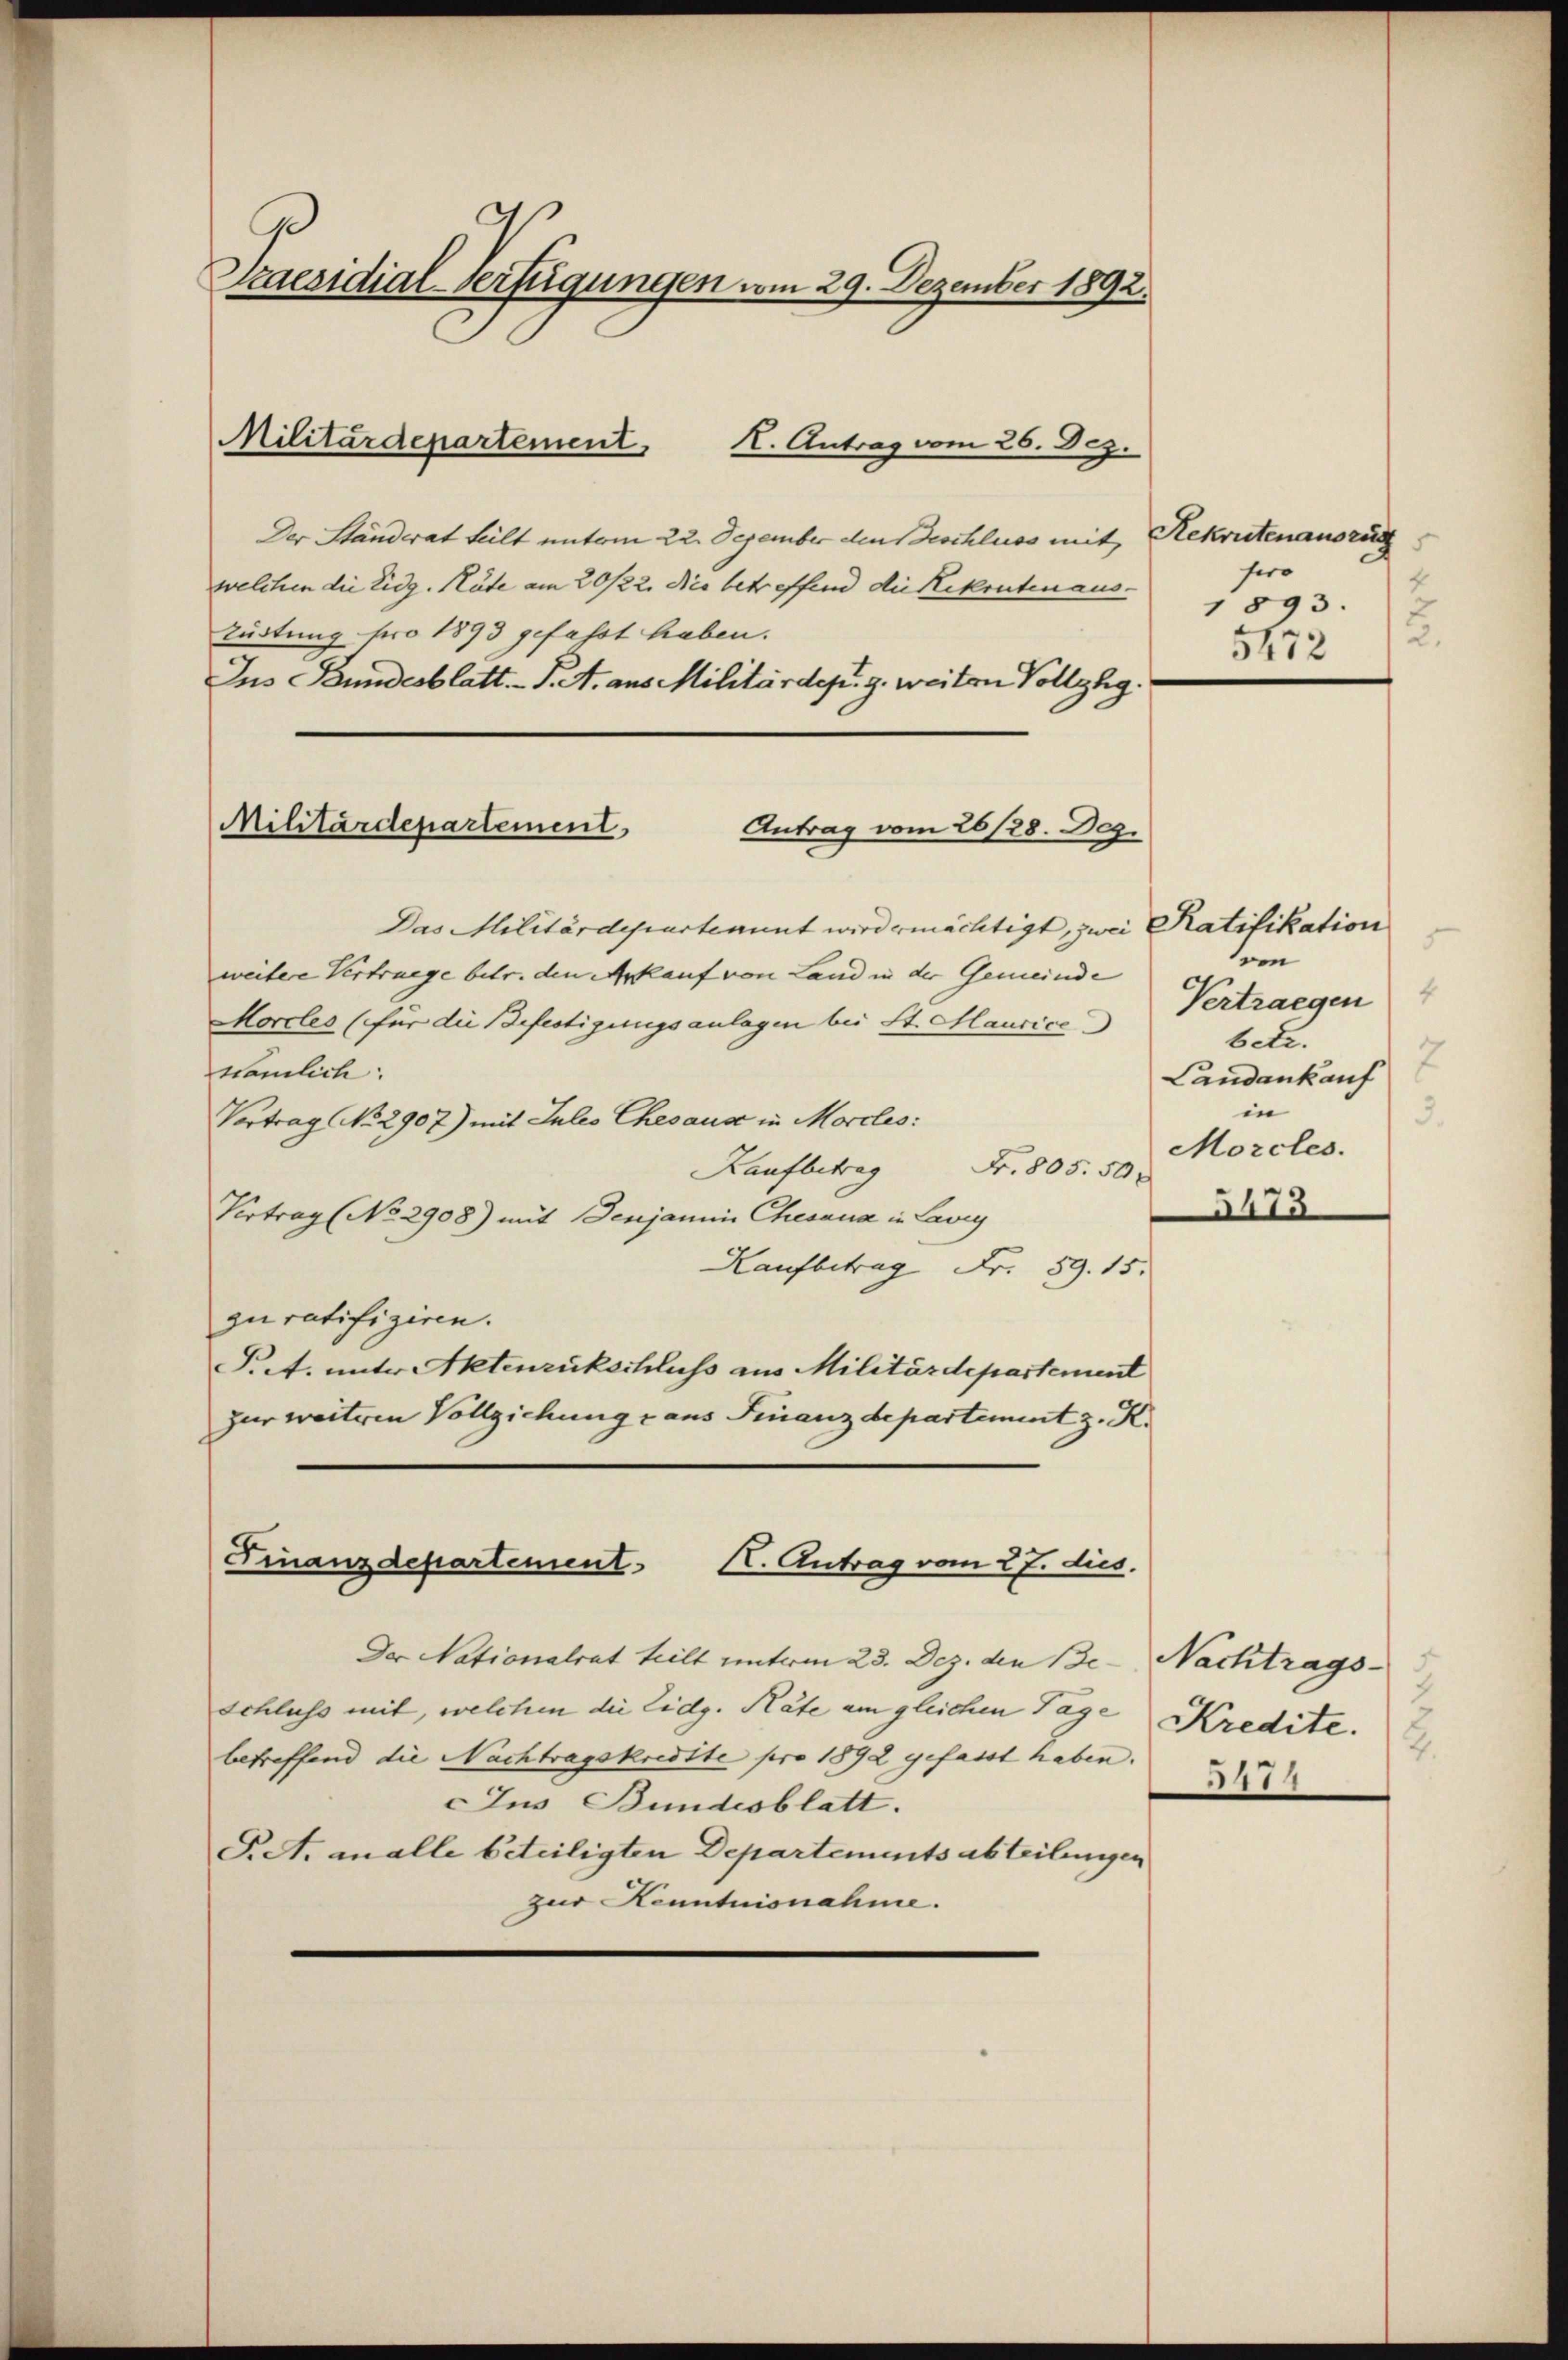
Praesidial-Verfügungen vom 29. Dezember 1892.

K. Antrag vom 26. Dez.
Der Ständerat teilt unterm 22. Dezember den Geschluss mit, Rekrutenauszug
welchen die Eidg. Räte am 20/22. Die betreffend die Rekruten aus¬
Tüstung pro 1893 gefasst haben.
Ius Bundesblatt. I. A. aus Militärdep. g. weiten Vollzug.
Das Militärdeparteannt wird ermächtigt, zwei Ratifikation
weitere Vertraege betr. den Arkauf von Land in der Gemeinde
Morcles (für die Befestigungsanlagen bei St. Mancise Vertraegen
nämlich:
Vortrag No. 2907) mit Jules Chevaux in Morcles:
Kaufbetrag
Fr. 805. 50.
Vertrag (No. 2908) mit Benjamin Chesana in Lavig
Kaufbetrag Fr. 89. 15.
guratifiziren.
Pct. unter Aktenzukschluss aus Militärdepartement
zur weiteren Vollziehung aus Finanzdepartement z. K.
Finanzdepartement. K. Antrag vom 27. dus.

Militärdepartement

Militärdepartement
Antrag vom 26/28. Dez.

Der Nationalrat teilt unterm 23. Dez. den Be- Nachtrags¬
Schluss mit, welchen die Eidg. Rate am gleichen Tage
betreffend die Nachtragskredite pro 1892 gefasst haben.
Jus Bundesblatt.
P.A. analle beteiligten Departements abteilungen
zur Kenntnisnahme.

sero
1893.
.
5472

von
6 xr.
Landankauf
in
Morcles.
5473

Kredite.
2.
177